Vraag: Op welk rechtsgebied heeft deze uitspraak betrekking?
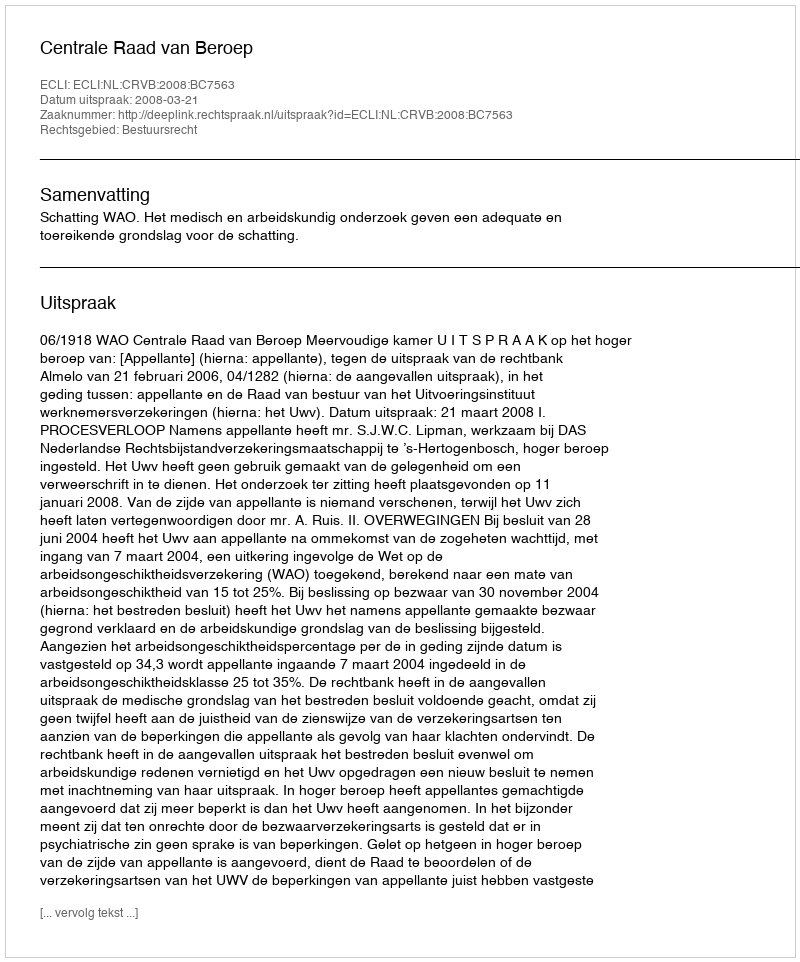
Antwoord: Bestuursrecht